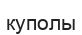
куполы